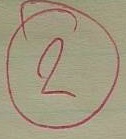
2